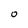
Character: O